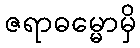
ဇရာဓမ္မောမှိ